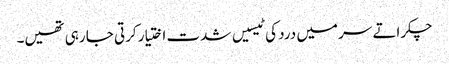
چکراتے سر میں درد کی ٹیسیں شدت اختیار کرتی جا رہی تھیں۔